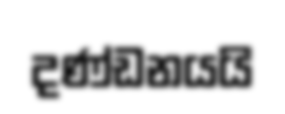
දණ්ඩනයයි